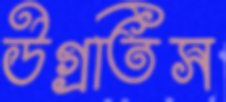
উগ্‌রতিস